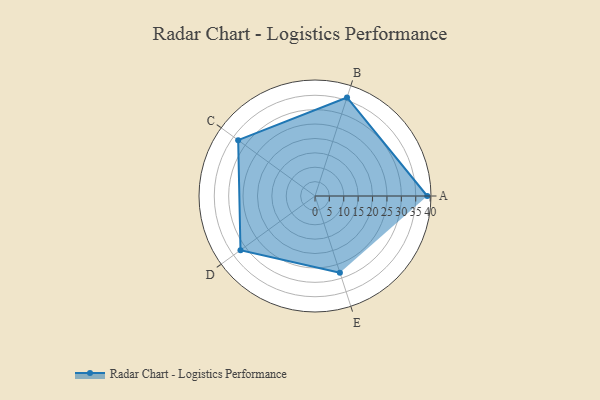
{"axis": {"x": "Skill", "y": "Score"}, "legend": ["Profile"], "data": [{"x": "A", "y": 39.0, "type": "Profile"}, {"x": "B", "y": 36.0, "type": "Profile"}, {"x": "C", "y": 33.0, "type": "Profile"}, {"x": "D", "y": 32.0, "type": "Profile"}, {"x": "E", "y": 28.0, "type": "Profile"}]}